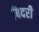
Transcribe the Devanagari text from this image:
बिदरी